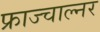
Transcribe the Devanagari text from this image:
फ्राज्चाल्नर